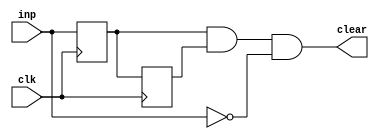
`timescale 1ns / 1ps
//////////////////////////////////////////////////////////////////////////////////
// Company: 
// Engineer: 
// 
// Design Name: 
// Module Name:    debounce_circuit 
// Project Name: 
// Target Devices: 
// Tool versions: 
// Description: 
//
// Dependencies: 
//
// Revision: 
// Revision 0.01 - File Created
// Additional Comments: 
//
//////////////////////////////////////////////////////////////////////////////////
module clear_gen(
    input inp,
    input clk,
    output clear
    );

reg FF1;       
reg FF2;         

always @(posedge clk) 
begin    
      FF1<=inp;		//el siguiente valor de FF1 sera inp
      FF2<=FF1;   	//el siguiente valor de FF2 sera FF1
end

assign clear = FF1 & FF2 & !inp;   //outp sera 1 si FF1 y FF2 son 1.

endmodule